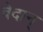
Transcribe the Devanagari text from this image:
वेदान्